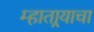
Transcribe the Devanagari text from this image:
म्हातार्‍याचा